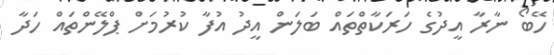
ހޭބޯ ނާރާ އީދުގެ ހަރަކާތްތައް ބަލަން އީދު އުފާ ކުރުމަށް ޕްލޭންތައް ހަދާ